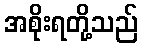
အစိုးရတို့သည်